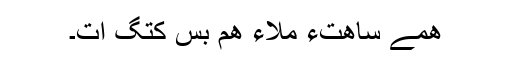
ھمے ساھتءَ مُلاءَ ھم بَس کُتگ اَت۔